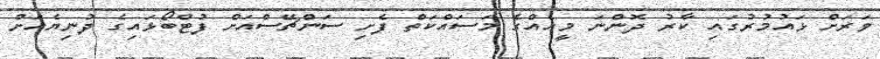
ވަރަށް ޅައުމުރުގައި ކާރު ދޮންނަ މީހެއްގެ މަސައްކަތް ފެށި ސަންޗޭސްއަށް ފުޓްބޯޅައިގެ ދުނިޔެއަށް